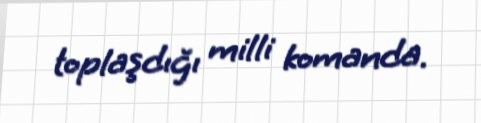
toplaşdığı milli komanda.